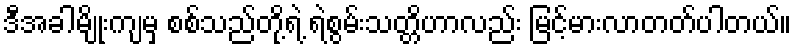
ဒီအခါမျိုးကျမှ စစ်သည်တို့ရဲ့ ရဲစွမ်းသတ္တိဟာလည်း မြင့်မားလာတတ်ပါတယ်။